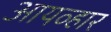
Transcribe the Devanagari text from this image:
आयव्हार